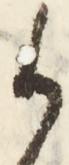
御